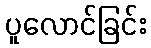
ပူလောင်ခြင်း